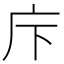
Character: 𢇗